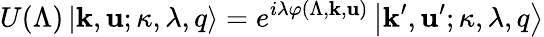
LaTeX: U(\Lambda)\left|\mathbf{k},\mathbf{u};\kappa,\lambda,q\right>=e^{i\lambda\varphi(\Lambda,\mathbf{k},\mathbf{u})}\left|\mathbf{k}^{\prime},\mathbf{u}^{\prime};\kappa,\lambda,q\right>